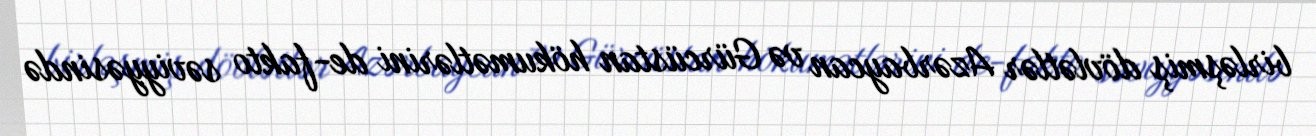
birləşmiş dövlətlər Azərbaycan və Gürcüstan hökumətlərini de-fakto səviyyəsində